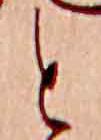
と